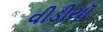
વીડીયૉ